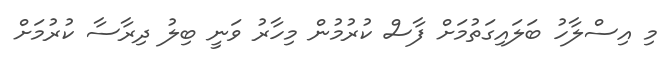
މި އިސްލާހު ބަލައިގަތުމަށް ފާސް ކުރުމުން މިހާރު ވަނީ ބިލު ދިރާސާ ކުރުމަށް